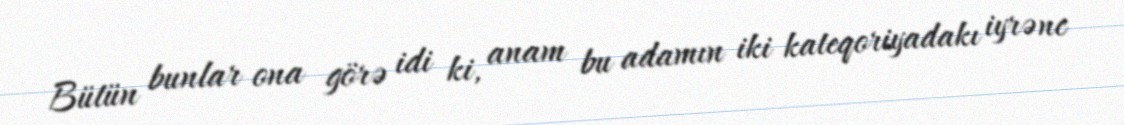
Bütün bunlar ona görə idi ki, anam bu adamın iki kateqoriyadakı iyrənc